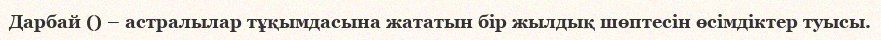
Дарбай () – астралылар тұқымдасына жататын бір жылдық шөптесін өсімдіктер туысы.